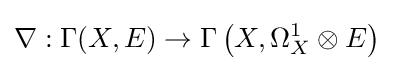
\nabla :\Gamma (X,E)\to \Gamma \left(X,\Omega _{X}^{1}\otimes E\right)